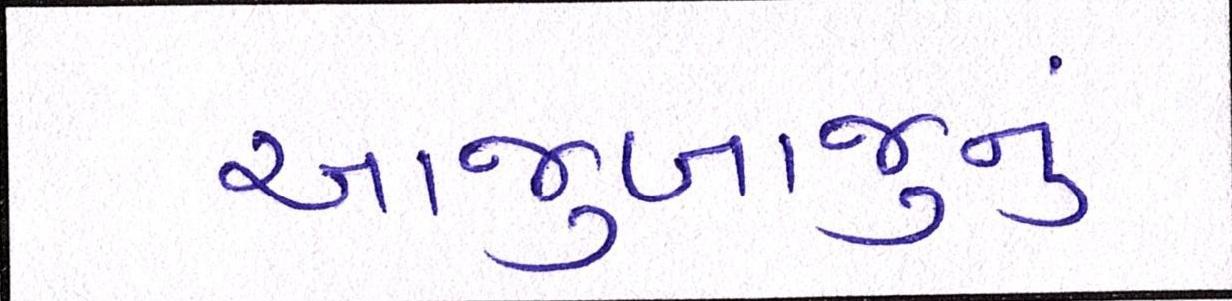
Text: આજુબાજુનું